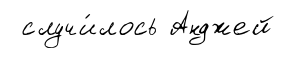
случи́лось Анджей